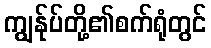
ကျွန်ုပ်တို့၏စက်ရုံတွင်